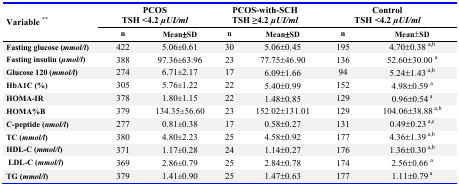
| <ROWSPAN=3> Variable ** | <COLSPAN=2> PCOS TSH <4.2 μUI/ml | <COLSPAN=2> PCOS-with-SCH TSH ≥4.2 μUI/ml | <COLSPAN=2> Control TSH <4.2 μUI/ml |
 | n | Mean±SD | n | Mean±SD | n | Mean±SD |
 | --- | --- | --- | --- | --- | --- | --- |
 | Fasting glucose (mmol/l) | 422 | 5.06±0.61 | 30 | 5.06±0.45 | 195 | 4.70±0.38 a,b |
 | Fasting insulin (μmol/l) | 388 | 97.36±63.96 | 23 | 77.75±46.90 | 136 | 52.60±30.00 a |
 | Glucose 120 (mmol/l) | 274 | 6.71±2.17 | 17 | 6.09±1.66 | 94 | 5.24±1.43 a,b |
 | HbA1C (%) | 305 | 5.76±1.22 | 22 | 5.40±0.99 | 152 | 4.98±0.59 a |
 | HOMA-IR | 378 | 1.80±1.15 | 22 | 1.48±0.85 | 129 | 0.96±0.54 a |
 | HOMA%B | 379 | 134.35±56.60 | 23 | 152.02±131.01 | 129 | 104.06±38.88 a,b |
 | C-peptide (nmol/l) | 277 | 0.81±0.38 | 17 | 0.58±0.27 | 131 | 0.49±0.23 a,c |
 | TC (mmol/l) | 380 | 4.80±2.23 | 25 | 4.58±0.92 | 177 | 4.36±1.39 a,b |
 | HDL-C (mmol/l) | 371 | 1.17±0.28 | 24 | 1.14±0.27 | 176 | 1.36±0.30 a,b |
 | LDL-C (mmol/l) | 369 | 2.86±0.79 | 25 | 2.84±0.78 | 174 | 2.56±0.66 a |
 | TG (mmol/l) | 379 | 1.41±0.90 | 25 | 1.47±0.63 | 177 | 1.11±0.79 a |